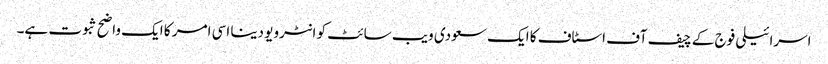
اسرائیلی فوج کے چیف آف اسٹاف کا ایک سعودی ویب سائٹ کو انٹرویو دینا اسی امر کا ایک واضح ثبوت ہے۔